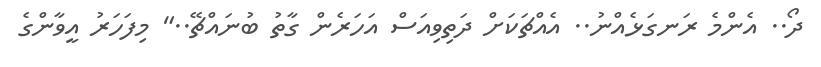
ދޯ.. އެންމެ ރަނގަޅެއްނު.. އެއްޗަކަށް ދަތިވިއަސް އަހަރެން ގާތު ބުނައްޗޭ.." މިފަހަރު އީވާންގެ